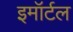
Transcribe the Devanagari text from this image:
इमॉर्टल